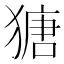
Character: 𤠯